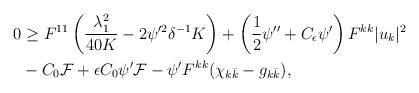
LaTeX: \begin{align*} \begin{aligned} 0 &\geq F^{11}\left(\frac{\lambda_1^2}{40K} - 2\psi'^2\delta^{-1}K\right) +\left(\frac{1}{2}\psi'' + C_\epsilon\psi'\right) F^{kk}|u_k|^2 \\&- C_0 \mathcal{F}+ \epsilon C_0 \psi'\mathcal{F} -\psi' F^{kk}(\chi_{k\bar k} - g_{k\bar k}), \end{aligned} \end{align*}